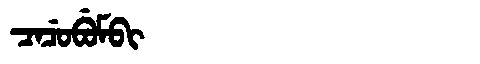
Manchu: ᠴᠠᠴᡠᠪᡠᠮᠪᡳ
Romanization: CACUBUMBI